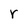
Character: r